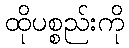
ထိုပစ္စည်းကို